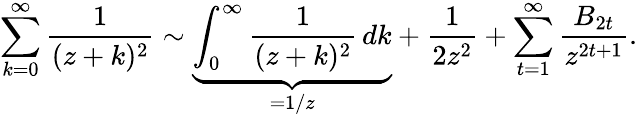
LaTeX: \sum_{k=0}^{\infty}{\frac{1}{(z+k)^{2}}}\sim\underbrace{\int_{0}^{\infty}{\frac{1}{(z+k)^{2}}}\, dk}_{=1/z}+{\frac{1}{2z^{2}}}+\sum_{t=1}^{\infty}{\frac{B_{2t}}{z^{2t+1}}}.